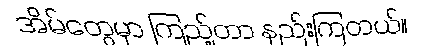
အိမ်တွေမှာ ကြည့်တာ နည်းကြတယ်။